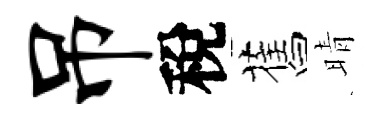
吊稅舊晴